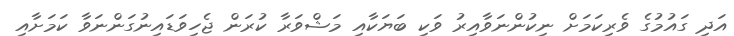
އަދި ގައުމުގެ ވެރިކަމަށް ނިކުންނަވާއިރު ވަކި ބަޔަކާއި މަޝްވަރާ ކުރަން ޖެހިވަޑައިނުގަންނަވާ ކަަމަށާއި